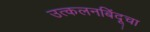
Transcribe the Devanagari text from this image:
उत्कलनबिंदूचा